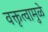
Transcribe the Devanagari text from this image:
वक्तृत्वामुळे